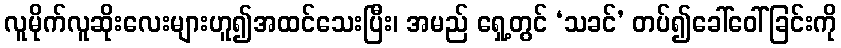
လူမိုက်လူဆိုးလေးများဟူ၍အထင်သေးပြီး၊ အမည် ရှေ့တွင် ‘သခင်’ တပ်၍ခေါ်ဝေါ်ခြင်းကို